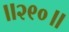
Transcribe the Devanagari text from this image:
॥२९०॥